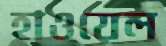
হাওয়েল